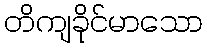
တိကျခိုင်မာသော